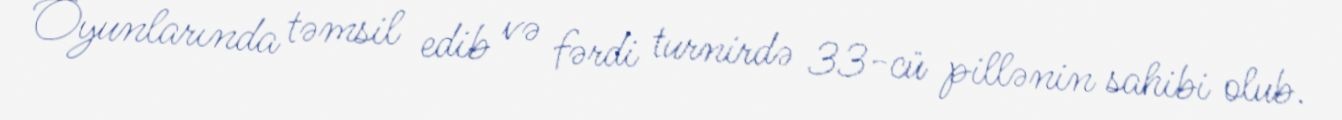
Oyunlarında təmsil edib və fərdi turnirdə 33-cü pillənin sahibi olub.